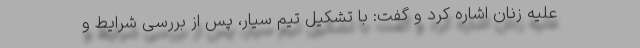
علیه زنان اشاره کرد و گفت: با تشکیل تیم سیار، پس از بررسی شرایط و